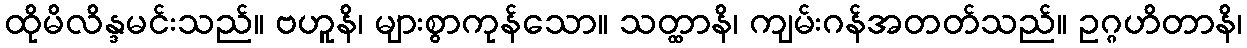
ထိုမိလိန္ဒမင်းသည်။ ဗဟူနိ၊ များစွာကုန်သော။ သတ္ထာနိ၊ ကျမ်းဂန်အတတ်သည်။ ဥဂ္ဂဟိတာနိ၊